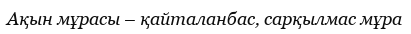
Ақын мұрасы – қайталанбас, сарқылмас мұра